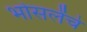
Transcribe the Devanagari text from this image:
भोसलेंचे